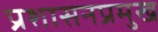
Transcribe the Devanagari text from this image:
प्रशासनप्रमुख